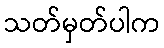
သတ်မှတ်ပါက